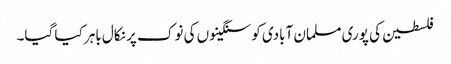
فلسطین کی پوری مسلمان آبادی کو سنگینوں کی نوک پر نکال باہر کیا گیا۔